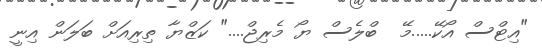
"އިޓްސް އޯކޭ.....މޭ  ބްލެސް ޔޯ މެރިޖް...." ކަޒްޔާ ތިރިއަށް ބަލަން އިނީ